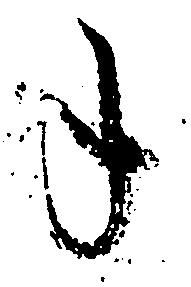
年